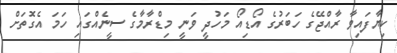
ކިޔާފައިވާ ރާއްޖޭގެ ހަބަރުގެ އޯޑިއޯ މަހުދީ ވަނީ މިޑްރާމާގެ ސީނެއްގައި ހަމަ އެގޮތަށް